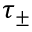
\tau _ { \pm }